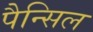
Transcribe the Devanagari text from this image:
पैन्सिल